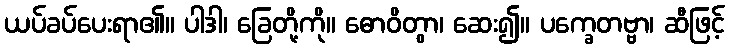
ယပ်ခပ်ပေးရာ၏။ ပါဒါ၊ ခြေတို့ကို။ ဓောဝိတွာ၊ ဆေး၍။ ပက္ခေတဗ္ဗာ၊ ဆီဖြင့်